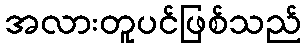
အလားတူပင်ဖြစ်သည်